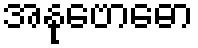
အနုဗောဓော